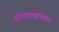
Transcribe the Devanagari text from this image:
द्वादशभावना